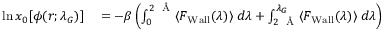
\begin{array} { r l } { \ln x _ { 0 } [ \phi ( r ; \lambda _ { G } ) ] } & { { } = - \beta \left( \int _ { 0 } ^ { 2 \; \mathrm { ~ \AA ~ } } \langle F _ { \mathrm { { W a l l } } } ( \lambda ) \rangle \; d \lambda + \int _ { 2 \; \mathrm { ~ \AA ~ } } ^ { \lambda _ { G } } \langle F _ { \mathrm { { W a l l } } } ( \lambda ) \rangle \; d \lambda \right) } \end{array}